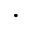
\bullet